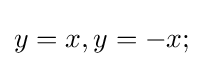
y=x,y=-x;